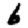
Digit: 6